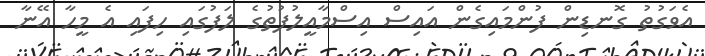
އެވަގުތު ގޮނޑިން ފުންމައިގެން އައިސް އިސްމާއީލުފުތުގެ ލަފުގައި ހިފައި އެ މީހާ އޭނާ